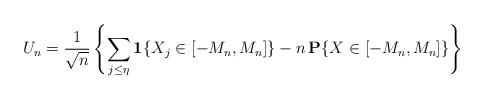
LaTeX: \begin{align*}U_{n}=\frac{1}{\sqrt{n}}\left\{ \sum_{j\leq \eta }{\bf 1}\{X_{j}\in \left[-M_{n},M_{n}\right] \}-n{\bf \,P}\{X\in \left[ -M_{n},M_{n}\right] \}\right\}\end{align*}